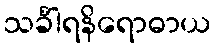
သင်္ခါရနိရောဓာယ